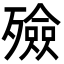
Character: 殮